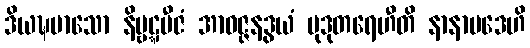
ဒိယဍ္ဎမာသော နိဗ္ဗဋ္ဋဗီဇံ အာဝဇ္ဇနဒွယံ မုဒုတရေဟီတိ နာနာပဒေဟိ